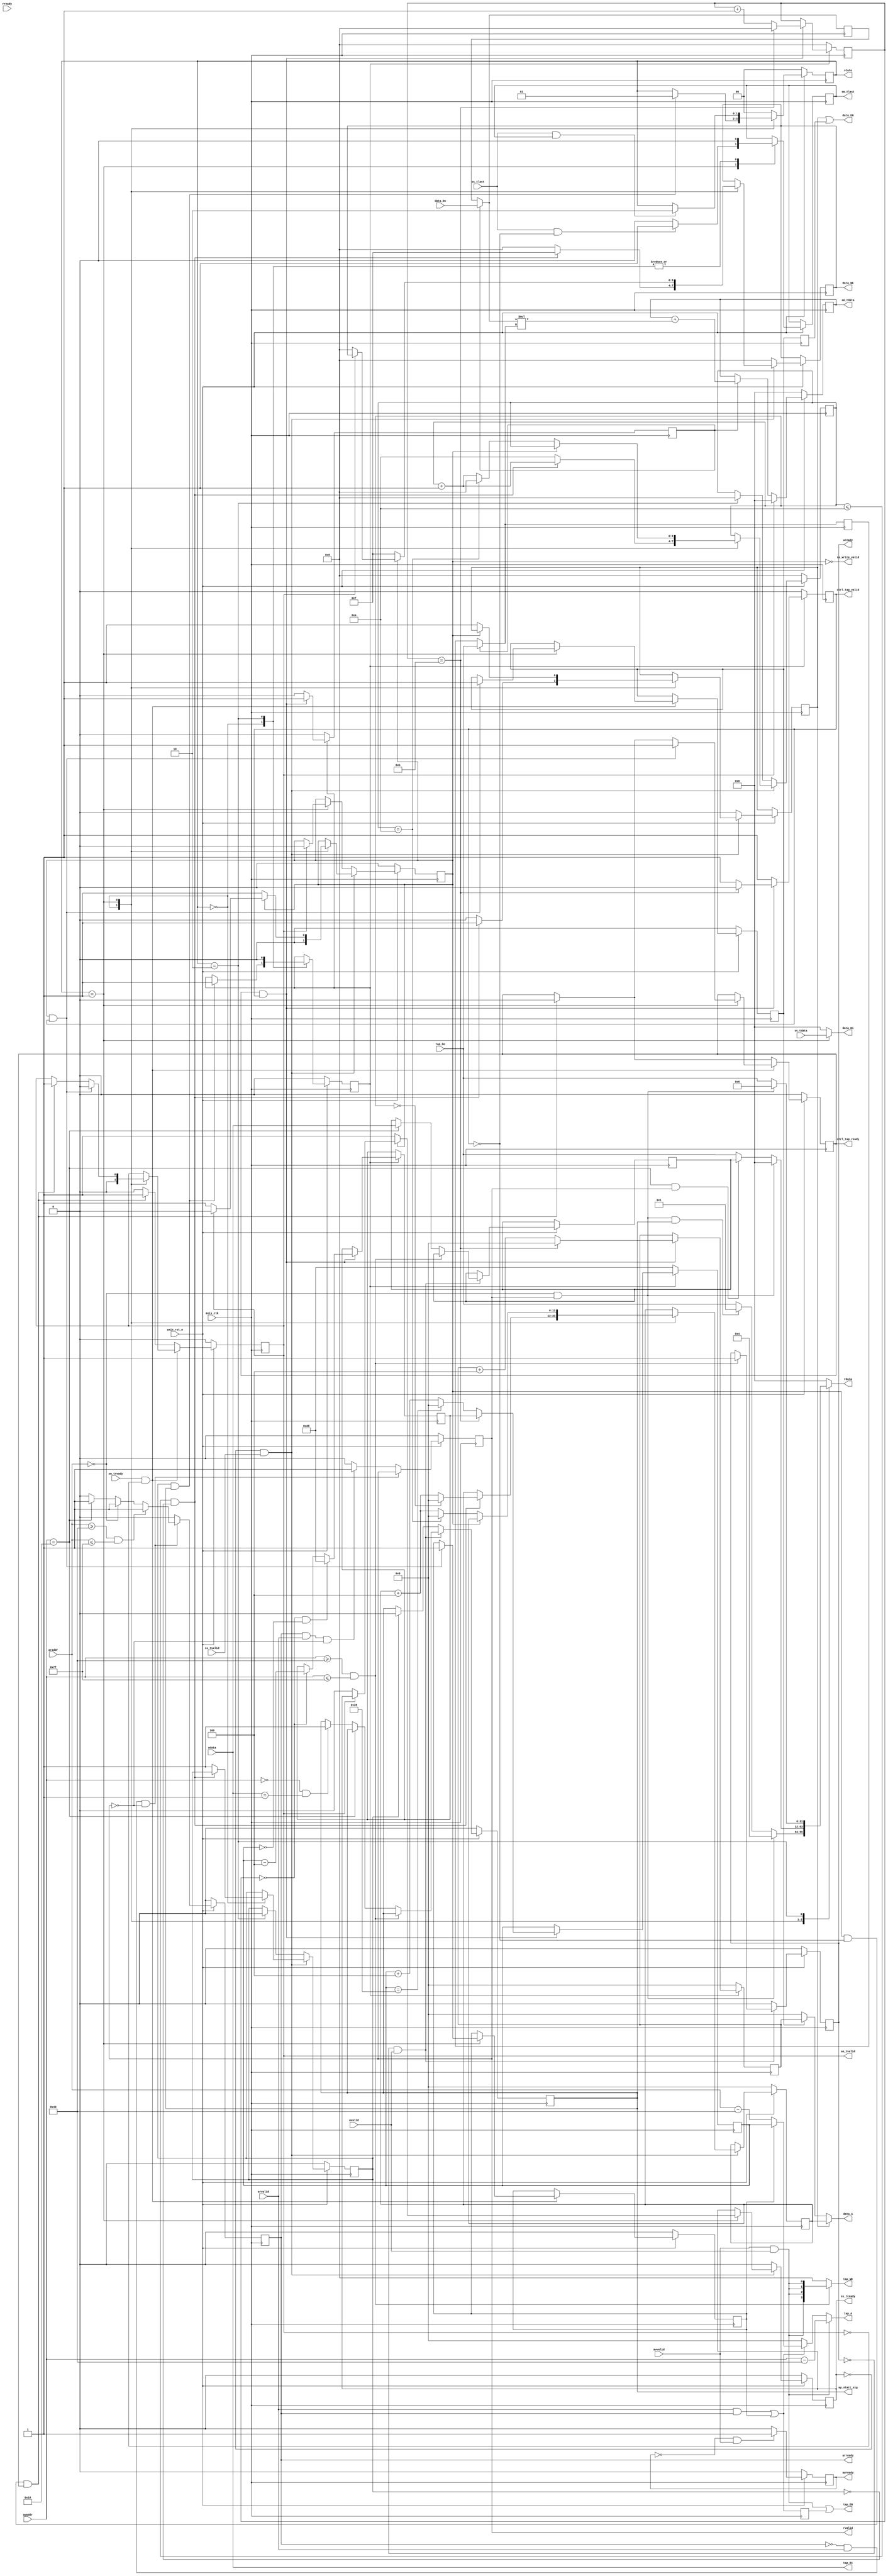
module fir
    #(  parameter pADDR_WIDTH = 12,
        parameter pDATA_WIDTH = 32,
        parameter Tape_Num    = 11
     )
    (
        output  wire                     awready,
        output  wire                     wready,
        input   wire                     awvalid,
        input   wire [(pADDR_WIDTH-1):0] awaddr,
        input   wire                     wvalid,
        input   wire [(pDATA_WIDTH-1):0] wdata,
        output  wire                     arready,
        input   wire                     rready,
        input   wire                     arvalid,
        input   wire [(pADDR_WIDTH-1):0] araddr,
        output  wire                     rvalid,
        output  wire [(pDATA_WIDTH-1):0] rdata,
        input   wire                     ss_tvalid,
        input   wire [(pDATA_WIDTH-1):0] ss_tdata,
        input   wire                     ss_tlast,
        output  wire                     ss_tready,
        input   wire                     sm_tready,
        output  wire                     sm_tvalid,
        output  wire [(pDATA_WIDTH-1):0] sm_tdata,
        output  wire                     sm_tlast,

        // bram for tap RAM
        output  wire           [3:0]     tap_WE,
        output  wire                     tap_EN,
        output  wire [(pDATA_WIDTH-1):0] tap_Di,
        output  wire [(pADDR_WIDTH-1):0] tap_A,
        input   wire [(pDATA_WIDTH-1):0] tap_Do,

        // bram for data RAM
        output  wire            [3:0]    data_WE,
        output  wire                     data_EN,
        output  wire [(pDATA_WIDTH-1):0] data_Di,
        output  wire [(pADDR_WIDTH-1):0] data_A,
        input   wire [(pDATA_WIDTH-1):0] data_Do,

        input   wire                     axis_clk,
        input   wire                     axis_rst_n,
        output  [1:0]state,
        output ss_write_valid,
        output ap_start_sig,
        output ctrl_tap_valid,
        output ctrl_tap_ready
    );
// write your code here!

//state
parameter ready = 0;
parameter start = 1;
parameter finish = 2;

reg [1:0] state;
wire stream_prepared;
reg ap_start_sig;
reg     sm_tlast_r;
reg     final_process_r;
wire    final_process;
assign  final_process = final_process_r;

reg ctrl_rst_n;



//state
always @( posedge axis_clk ) begin
    if ( !axis_rst_n ) begin
        state <= ready;
        ctrl_rst_n <= 0;
    end
    else begin
        case(state)
            ready: begin
                if(stream_prepared && ap_start_sig) begin
                    state <= start;
                    ctrl_rst_n <= 1;
                end
                sm_tlast_r <= 0;
            end

            start: begin
                if(ss_tlast&& sm_tlast)
                    state <= finish;

                if(ss_tlast  && !ctrl_tap_valid)
                    sm_tlast_r <= 1;
                else
                    sm_tlast_r <= 0;

            end

            finish: begin
                sm_tlast_r <= 0;
                state <= ready;
                ctrl_rst_n <= 0;

            end
            default:
                state <= ready;

        endcase
    end
end


//AXI4_Stream write
reg ss_tready_r;
assign ss_tready = ss_tready_r;


reg [pADDR_WIDTH-1:0] data_WA_r;
reg [3:0]             data_WE_r;

assign data_WE = data_WE_r ;
wire [pADDR_WIDTH-1:0] data_WA;
assign data_WA = data_WA_r;
assign data_Di = (state == start) ? ss_tdata : 0;

wire [3:0]ss_count;
reg [3:0]ss_count_r;
assign ss_count = ss_count_r;

reg stream_prepared_r;
assign stream_prepared = stream_prepared_r;

reg     ss_read_valid_r;
wire    ss_read_valid;
assign  ss_read_valid = ss_read_valid_r;




//AXI4_Stream write
reg     data_EN_sw_r,data_EN_sr_r ,data_EN_r_d;
wire    ss_write_valid;

always @( posedge axis_clk ) begin
    if ( !axis_rst_n ) begin
        ss_tready_r <= 0;
        data_WA_r <= 0;
        ss_count_r <= 0;
        stream_prepared_r <= 0;
        ss_read_valid_r <= 0;
    end
    else begin
        if (!ss_tready && ss_tvalid) begin
            case(state)
                ready: begin
                    ss_read_valid_r <= 0;
                 
                    if((ss_count <= Tape_Num - 1) && !stream_prepared) begin
                        data_WE_r <= 4'b1111;
                        data_EN_sw_r <= 1;

                        data_WA_r <= (ss_count == 0) ? 0:data_WA_r + 4;
                        ss_count_r <= ss_count_r + 1;

                    end
                    else begin
                        stream_prepared_r <= 1;
                        ss_count_r <= 4'd10;
                        data_EN_sw_r <= 0;
                        data_WE_r <= 0;
                    end

                end

                start: begin

                    if(ss_write_valid ) begin
                        ss_tready_r <= 1;
                        data_WE_r <= 4'b1111;
                        data_EN_sw_r <= 1;
                        data_WA_r <= (ss_count == 4'd10) ? 0 :data_WA_r + 4;
                        ss_count_r <=(ss_count == 4'd10) ? 0 :ss_count_r + 1;
                        ss_read_valid_r <= 1;

                    end
                    else if (sm_tvalid)
                        ss_read_valid_r <= 0;
                    else begin
                        data_WE_r <= 0;
                        ss_tready_r <= 0;

                    end

                end

                finish: begin


                end
            endcase
        end
        else begin
            data_WE_r <= 4'b0;
            data_EN_sw_r <= 0;
            ss_tready_r <= 0;
            

            case(state)
                start: begin
            		if (sm_tvalid)
                        ss_read_valid_r <= 0;
                end
                finish: begin
                    stream_prepared_r <= 0;
                    ss_count_r <= 0;
                end
            endcase
        end
    end
end

wire [pADDR_WIDTH-1:0] data_RA;
assign data_RA = ctrl_data_addr;



assign data_EN = data_EN_sw_r | data_EN_r_d;

always@(posedge axis_clk) begin
    data_EN_r_d <= data_EN_sr_r;
end


assign data_A =(data_EN_sw_r) ? data_WA :(data_EN_sr_r) ? data_RA : 0;
reg sm_tvalid_r;
assign sm_tvalid = sm_tvalid_r;
reg  [pDATA_WIDTH-1:0]  sm_tdata_r;
assign  sm_tdata = sm_tdata_r;
assign  sm_tlast = sm_tlast_r;
assign ss_write_valid = ~ ss_read_valid;



//AXI4_Stream read




reg [pADDR_WIDTH-1:0] tap_RA_lr_r, tap_RA_sr_r;
wire [pADDR_WIDTH-1:0]  ctrl_tap_addr, ctrl_data_addr;


reg ctrl_tap_ready_r, tap_EN_sr_r, tap_EN_r_d;
wire ctrl_tap_ready, muxsel, ffen;
wire [pADDR_WIDTH-1:0] tap_RA_lr, tap_RA_sr;
assign tap_RA_lr = (araddr-12'h40);
assign tap_RA_sr = ctrl_tap_addr;

always @( posedge axis_clk ) begin
    if ( !axis_rst_n ) begin
        sm_tvalid_r <= 0;

        ctrl_tap_ready_r <= 0;

        data_EN_sr_r <= 0;
        tap_EN_sr_r <= 0;
    end
    else begin
        if (sm_tready && !sm_tvalid) begin
            case(state)
                ready: begin
                    sm_tvalid_r <= 0;
                end

                start: begin
                    if(ss_read_valid && ctrl_tap_valid) begin
                        sm_tvalid_r <= 0;
                        data_EN_sr_r <= 1;
                        tap_EN_sr_r <= 1;
                        ctrl_tap_ready_r <= 1;

                    end
                    else if (ss_read_valid && !ctrl_tap_valid && ctrl_tap_ready) begin
                        sm_tvalid_r <= 1;
                        ctrl_tap_ready_r <= 0 ;

                    end
                end

            
            endcase
        end
        else begin
        	if (ss_read_valid && !ctrl_tap_valid && ctrl_tap_ready) begin
                        sm_tvalid_r <= 1;
                        ctrl_tap_ready_r <= 0 ;
                end
            	else sm_tvalid_r <= 0;
        end
    end
end


//caculate fir



wire  [pDATA_WIDTH-1:0] o_ram_data, o_cof_data;

always@(posedge axis_clk) begin
    if(!axis_rst_n)
        sm_tdata_r <= 0;
    else if(sm_tvalid)
        sm_tdata_r <= 0;
    else if(ffen)
        sm_tdata_r <= sm_tdata_r +(o_ram_data*o_cof_data);

end

//caculate fir


reg [pDATA_WIDTH-1:0] old_ram_data_r, old_cof_data_r;
wire [pDATA_WIDTH-1:0] old_ram_data, old_cof_data;
wire [pDATA_WIDTH-1:0] new_ram_data, new_cof_data;

assign o_ram_data = muxsel ?  old_ram_data : new_ram_data;
assign o_cof_data = muxsel ?  old_cof_data : new_cof_data;
assign old_ram_data = old_ram_data_r;
assign old_cof_data = old_cof_data_r;

assign new_cof_data = tap_Do;
assign new_ram_data = data_Do;

//caculate fir
always@(posedge axis_clk) begin
    if(ffen) begin
        old_ram_data_r <= new_ram_data;
        old_cof_data_r <= new_cof_data;
    end
end





assign ctrl_tap_ready = ctrl_tap_ready_r;

wire [3:0] ctrl_count;
wire en;
reg o_valid_r, ffen_r;
reg[3:0] count_r;
reg [pADDR_WIDTH-1:0]tap_last_addr_r;
reg [pADDR_WIDTH-1:0]o_data_addr_r, o_tap_addr_r;

assign ctrl_tap_valid = o_valid_r;
assign ctrl_data_addr = o_data_addr_r;
assign ctrl_tap_addr = o_tap_addr_r;
assign ctrl_count = count_r;
assign ffen = ffen_r;
assign muxsel = ~ffen ;
assign en = ctrl_tap_ready & ctrl_tap_valid;
always@(posedge axis_clk) begin
    if (!ctrl_rst_n) begin
        o_data_addr_r <= 0;
        o_tap_addr_r <= 12'd40;
        ffen_r <= 0;
        o_valid_r <= 0;
        count_r <= 0;
    end
    else if(en) begin
        o_valid_r       <= (ctrl_count == 4'd11) ? 0 : 1;

        o_data_addr_r   <= (ctrl_count == 4'd11)? 0:o_data_addr_r + 4;

        o_tap_addr_r    <= (ctrl_count == 4'd11) ? tap_last_addr_r :(ctrl_tap_addr == 12'd40) ? 0 : ctrl_tap_addr + 4;

        tap_last_addr_r <= (ctrl_count == 0 && ctrl_tap_addr == 0) ? 12'd40 :(ctrl_count == 0) ? ctrl_tap_addr - 4 : tap_last_addr_r;

        count_r <= (ctrl_count == 4'd11) ? 0 :ctrl_count + 1;

        ffen_r <= 1;
    end
    else begin
        o_valid_r <= 1;
        ffen_r <= 0;
    end
end


//AXI4_Lite write
reg awready_r, wready_r;
assign awready = awready_r;
assign wready = wready_r;

assign tap_WE = (awaddr>=12'h40 && awaddr<=12'h7f)?{4{awvalid & wvalid}}:0;
wire [pADDR_WIDTH-1:0] tap_WA;
assign tap_WA= (awaddr-12'h40);
assign tap_Di = wdata;

reg [pDATA_WIDTH-1:0] data_length;


//AXI4_Lite write
always @( posedge axis_clk ) begin
    if ( !axis_rst_n ) begin
        awready_r <= 0;
        wready_r <= 0;
        ap_start_sig <= 0;
    end
    else begin
        if (!awready && awvalid) begin
        	awready_r <= 1;
            if(awaddr>=12'h40 && awaddr<=12'h7f) 
                awready_r <= 1;
            else if (awaddr==0 && wdata==1)
                awready_r <= 1;
            //end

            
        end
        else begin
            awready_r <= 0;
        end

        if (!wready && wvalid) begin
            
            if(awaddr>=12'h40 && awaddr<=12'h7f) begin
                wready_r <= 1;
            end
            else if (awaddr==12'h10)
                data_length <= wdata;
            else if(awaddr==0 && wdata==1)
                ap_start_sig <= 1;

        end
        else begin
            wready_r <= 0;
            if(stream_prepared)
                ap_start_sig <= 0;
        end

    end
end

//AXI4_Lite read
reg arready_r, rvalid_r;

assign arready = arready_r;
assign rvalid = rvalid_r;
reg [pDATA_WIDTH-1:0] rdata_r;
assign rdata = rdata_r ;

wire [pADDR_WIDTH-1:0] tap_RA;
assign tap_RA = (tap_EN_sr_r) ? tap_RA_sr : tap_RA_lr;
assign tap_EN = {awvalid & wvalid} | tap_EN_r_d ;
always @( posedge axis_clk ) begin
    tap_EN_r_d <= {arvalid & arready} | tap_EN_sr_r;
end
assign tap_A = ({awvalid & wvalid}) ? tap_WA :
       ({arvalid & arready} | tap_EN_sr_r) ? tap_RA : 0;


//AXI4_Lite read

always@(*) begin

    case(state)

        ready: begin
            if(araddr==0 && rvalid)
                rdata_r =32'h04;
            else if(araddr==0 && rvalid && ap_start_sig)
                rdata_r =32'h01;
            else
                rdata_r = tap_Do;


        end

        start: begin
            if(araddr==0 && rvalid)
                rdata_r = 32'h00;
            else if(awaddr==12'h10 && rvalid)
                rdata_r = data_length;
            else
                rdata_r = tap_Do;

        end

        finish: begin
            if(araddr==0 && rvalid)
                rdata_r = 32'h06;
            else
                rdata_r = tap_Do;
        end
        default:
            rdata_r = 0;
    endcase
end

//AXI4_Lite read
always @( posedge axis_clk ) begin
    if ( !axis_rst_n ) begin
        arready_r <= 0;
        rvalid_r <= 0;
    end
    else begin
        if(!arready && arvalid && !rvalid) begin
            if(araddr>=12'h40 && araddr<=12'h7f) begin
                arready_r <= 1;
            end
            else if(araddr==0) begin
                arready_r <= 1;
            end
            else if (awaddr==12'h10)
                arready_r <= 1;
            else
                arready_r <= 0;

        end
        else if(arready && arvalid && !rvalid) begin
            arready_r <= 0;
            rvalid_r <= 1;
        end
        else begin
            arready_r <= 0;
            rvalid_r <= 0;
        end
    end
end
endmodule